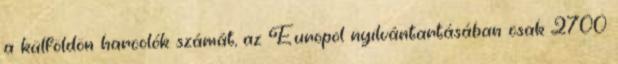
a külföldön harcolók számát, az Europol nyilvántartásában csak 2700